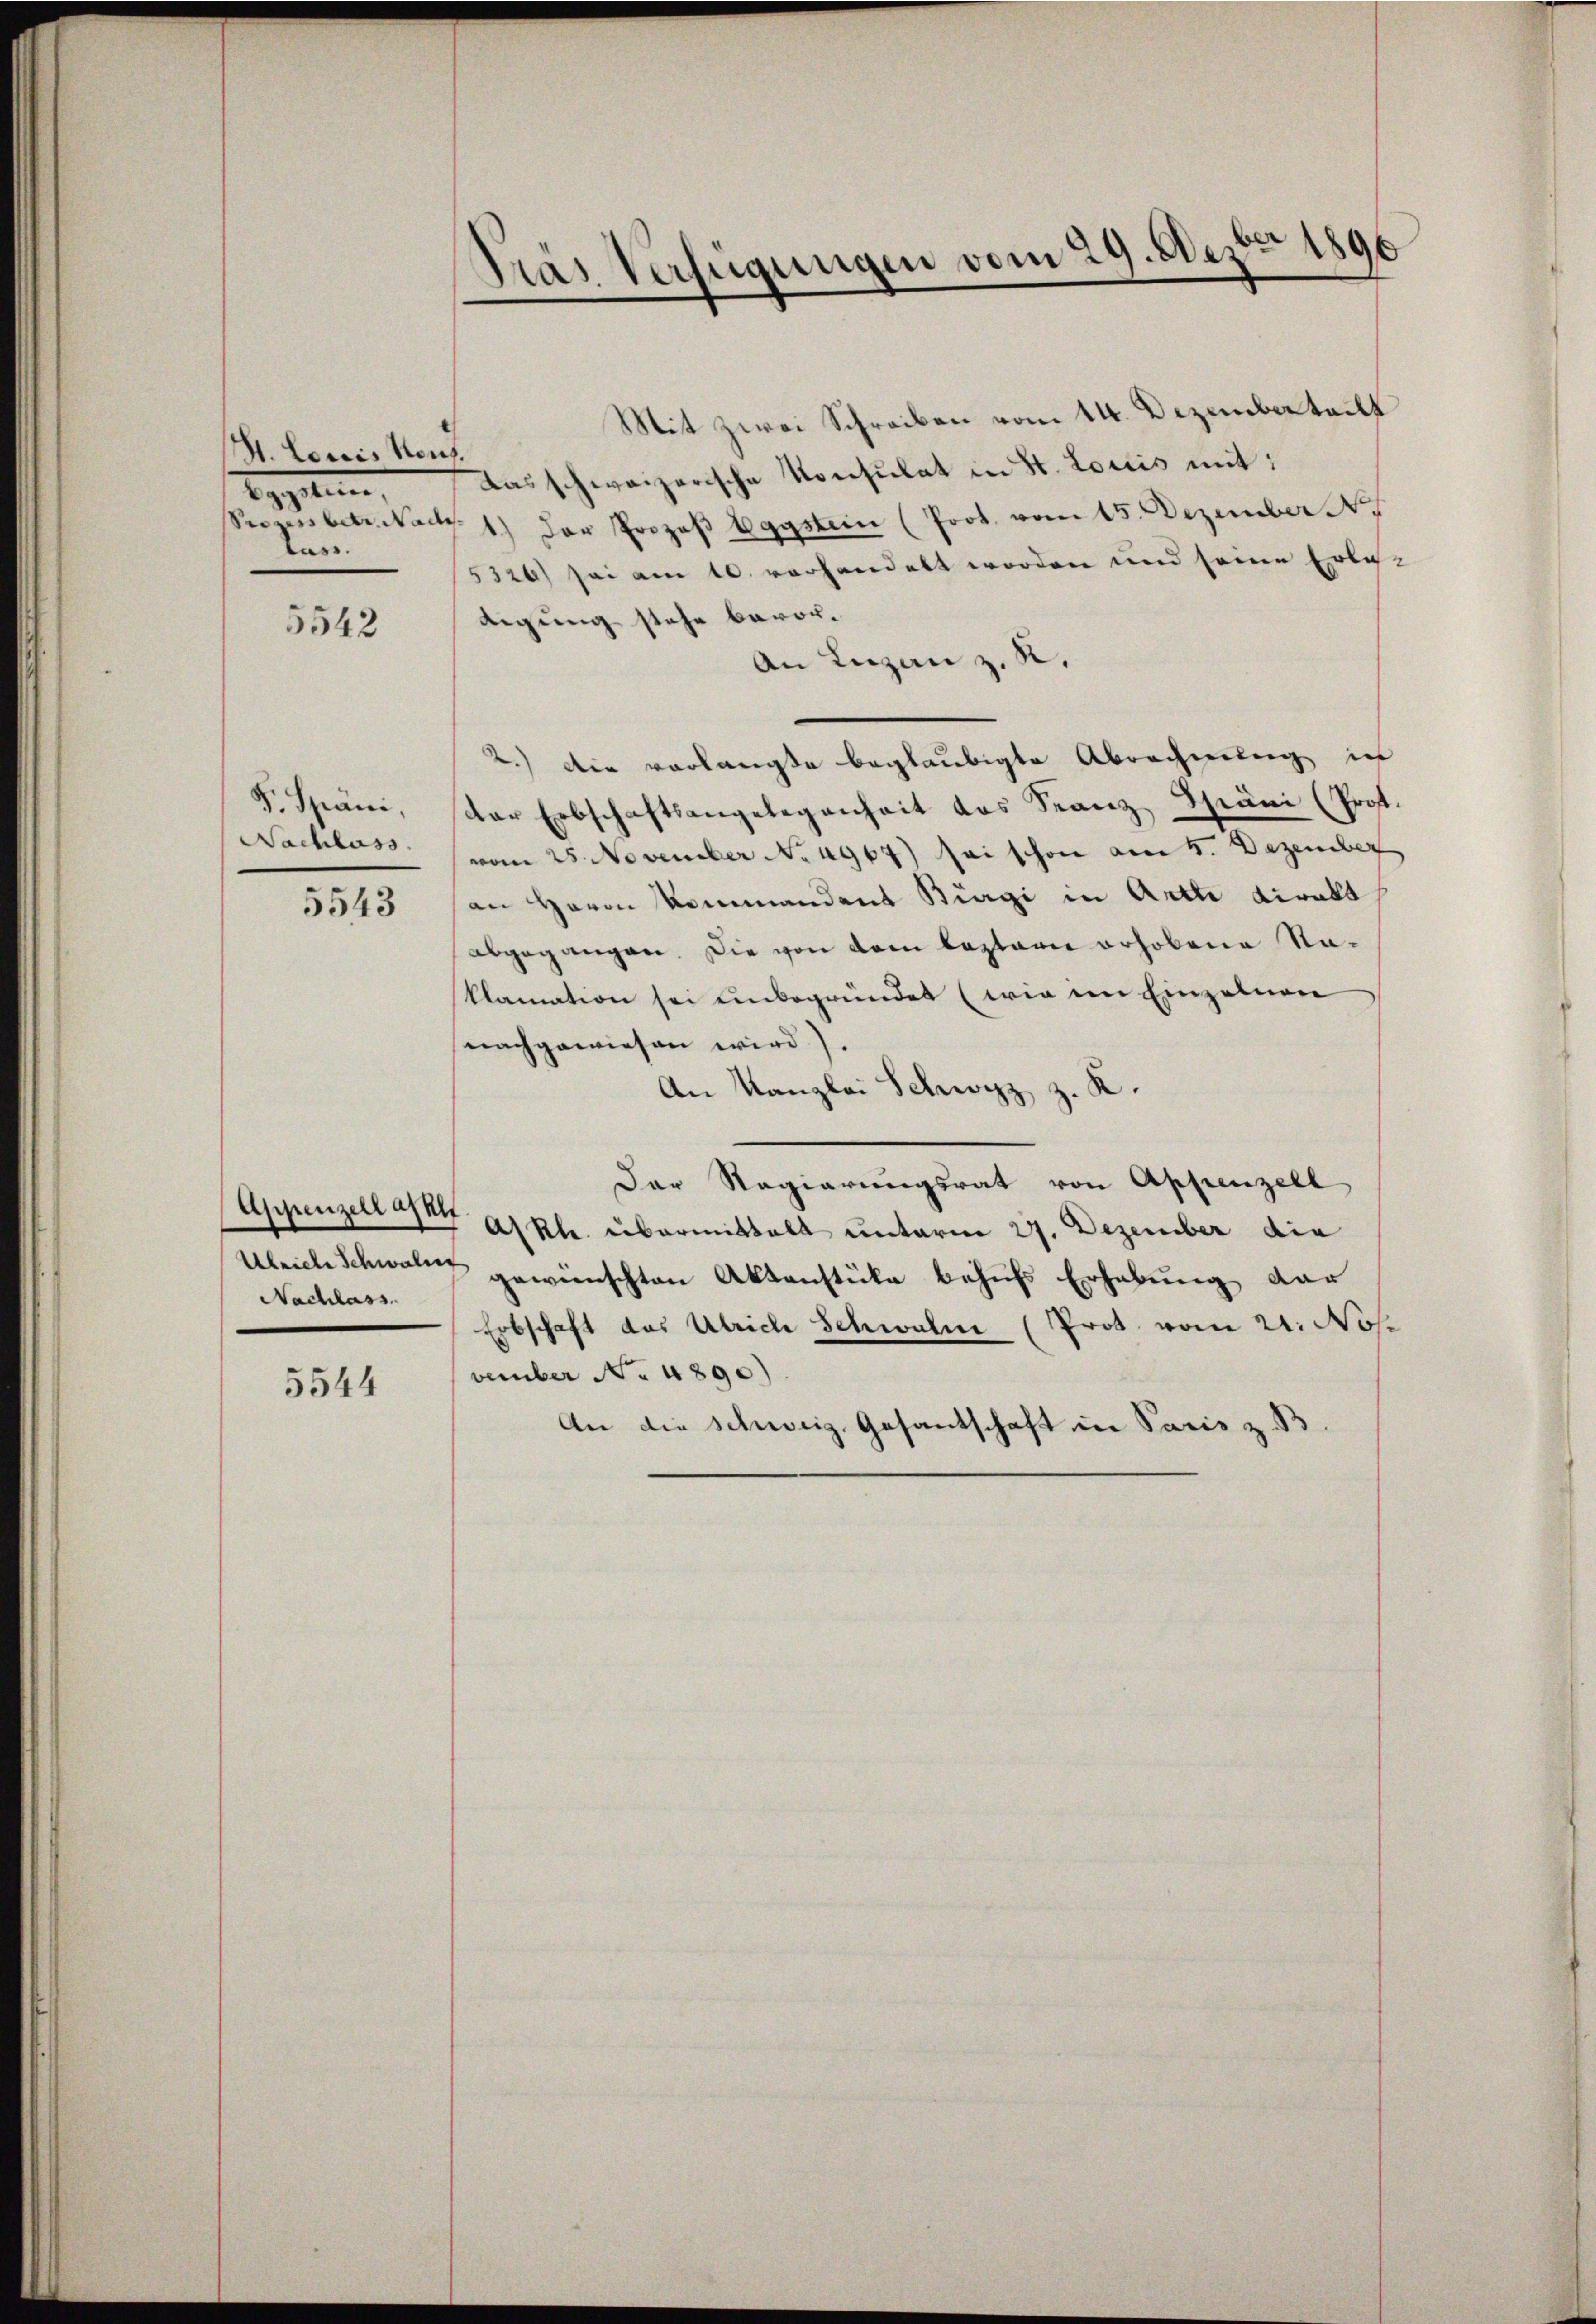
A. Louis Neuz.
glen,
lar.

5542

8.
. Späni,
Nachlass.

5543

Appenzell al
Ulriche Schwalder
Nachlass

5544

Pras Verfügungen vom 29. Dez. 1890

Mit zwei Schreiben vom 14. Dezember teilt
Das schweizerische Konsulat in St. Loriis mit:
se betrack 1.) Der Prozeß Eggstein (Prot. vom 15. Dezember N.
5326) sei am 10. vorhandelt worden und seine Erledigung stehe bevor¬
An Luzan z. R.
2.) Die vorlangte beglaubigte Abrechnung in
der Erbschaftsangelegenheit das Stanz Thräni (Prof.
vom 25. November No 4967) sei schon am 5. Dezember
an Herrn Kommandent Biegi in Art direkt
abgegangen. Die von dem leztarii erhobene Naklamation sei unbegründet (wie im Einzelnen
nachgewiesen wird).
An Kanzlei Schwyz z. K.
Der Regierungsrat von Appenzell
Askh. übermittelt unterm 27. Dezember die
gewünschten Aktenstücke behufs Erhebung dar
Erbschaft das Ulriche Schwalm (Prot. vom 21. Nos
vember No. 4890)
An die Schweiz. Gesantschaft in Paris z. B.